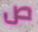
ص